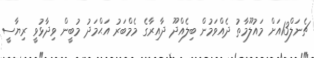
ޗެނަލް13އަށް މައުލޫމާތު ދެއްވަމުން ބިލެއްދޫ ދާއިރާގެ މެމްބަރު އަޙްމަދު މުބީން ވިދާޅުވީ ރިޔާސީ